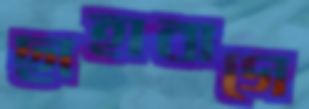
ছাহাবাগে